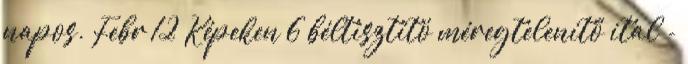
napos. Febr 12 Képeken 6 béltisztító méregtelenítő ital -